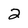
Character: 2